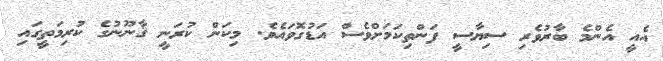
އެއީ އެންމެ ބާރުވެރި ސިޔާސީ ފަންތިކަމަށްވެސް އަޑުގޮވައެވެ. މިކަން ކުރަނީ ޤާނޫނުގެ ކުރިމަތީގައި